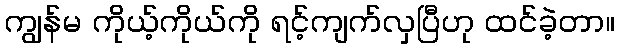
ကျွန်မ ကိုယ့်ကိုယ်ကို ရင့်ကျက်လှပြီဟု ထင်ခဲ့တာ။